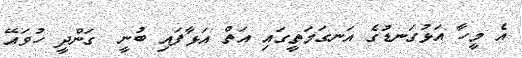
އެ މީހާ އަޅުގަނޑުގެ އަނގަމަތީގައި އަތް އަޅާފައި ބުނީ  ގަންދީ ހުވައޭ